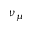
\nu _ { \mu }